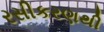
રસીકરણથી